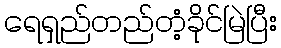
ရေရှည်တည်တံ့ခိုင်မြဲပြီး